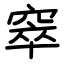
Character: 窣